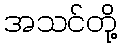
အသင်တို့